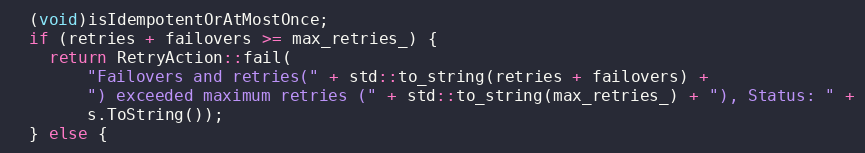
Language: C++
  (void)isIdempotentOrAtMostOnce;
  if (retries + failovers >= max_retries_) {
    return RetryAction::fail(
        "Failovers and retries(" + std::to_string(retries + failovers) +
        ") exceeded maximum retries (" + std::to_string(max_retries_) + "), Status: " +
        s.ToString());
  } else {